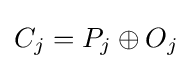
C_{j}=P_{j}\oplus O_{j}